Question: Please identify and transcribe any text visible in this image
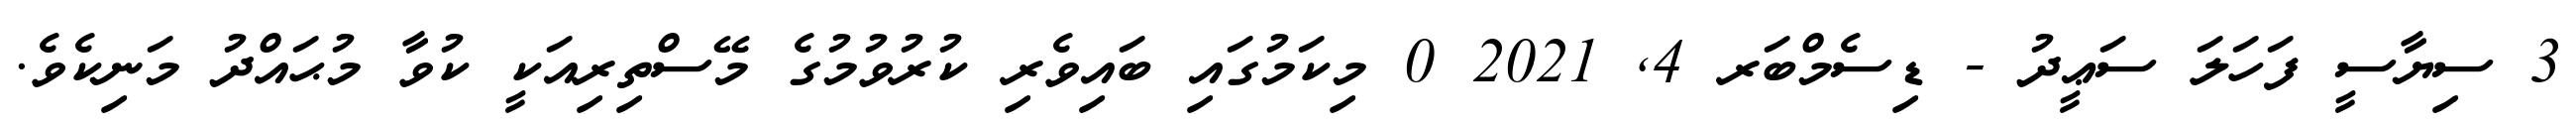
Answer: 3 ސިޔާސީ ފަހަލަ ސަޢީދު - ޑިސެމްބަރ 4, 2021 0 މިކަމުގައި ބައިވެރި ކުރުވުމުގެ މޭސްތިރިއަކީ ކުވާ މުޙައްދު މަނިކެވެ.